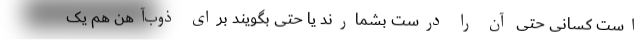
است کسانی حتی آن را درست بشمارند یا حتی بگویند برای ذوب‌آهن هم یک